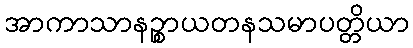
အာကာသာနဉ္စာယတနသမာပတ္တိယာ